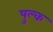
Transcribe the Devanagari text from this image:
षुल्क